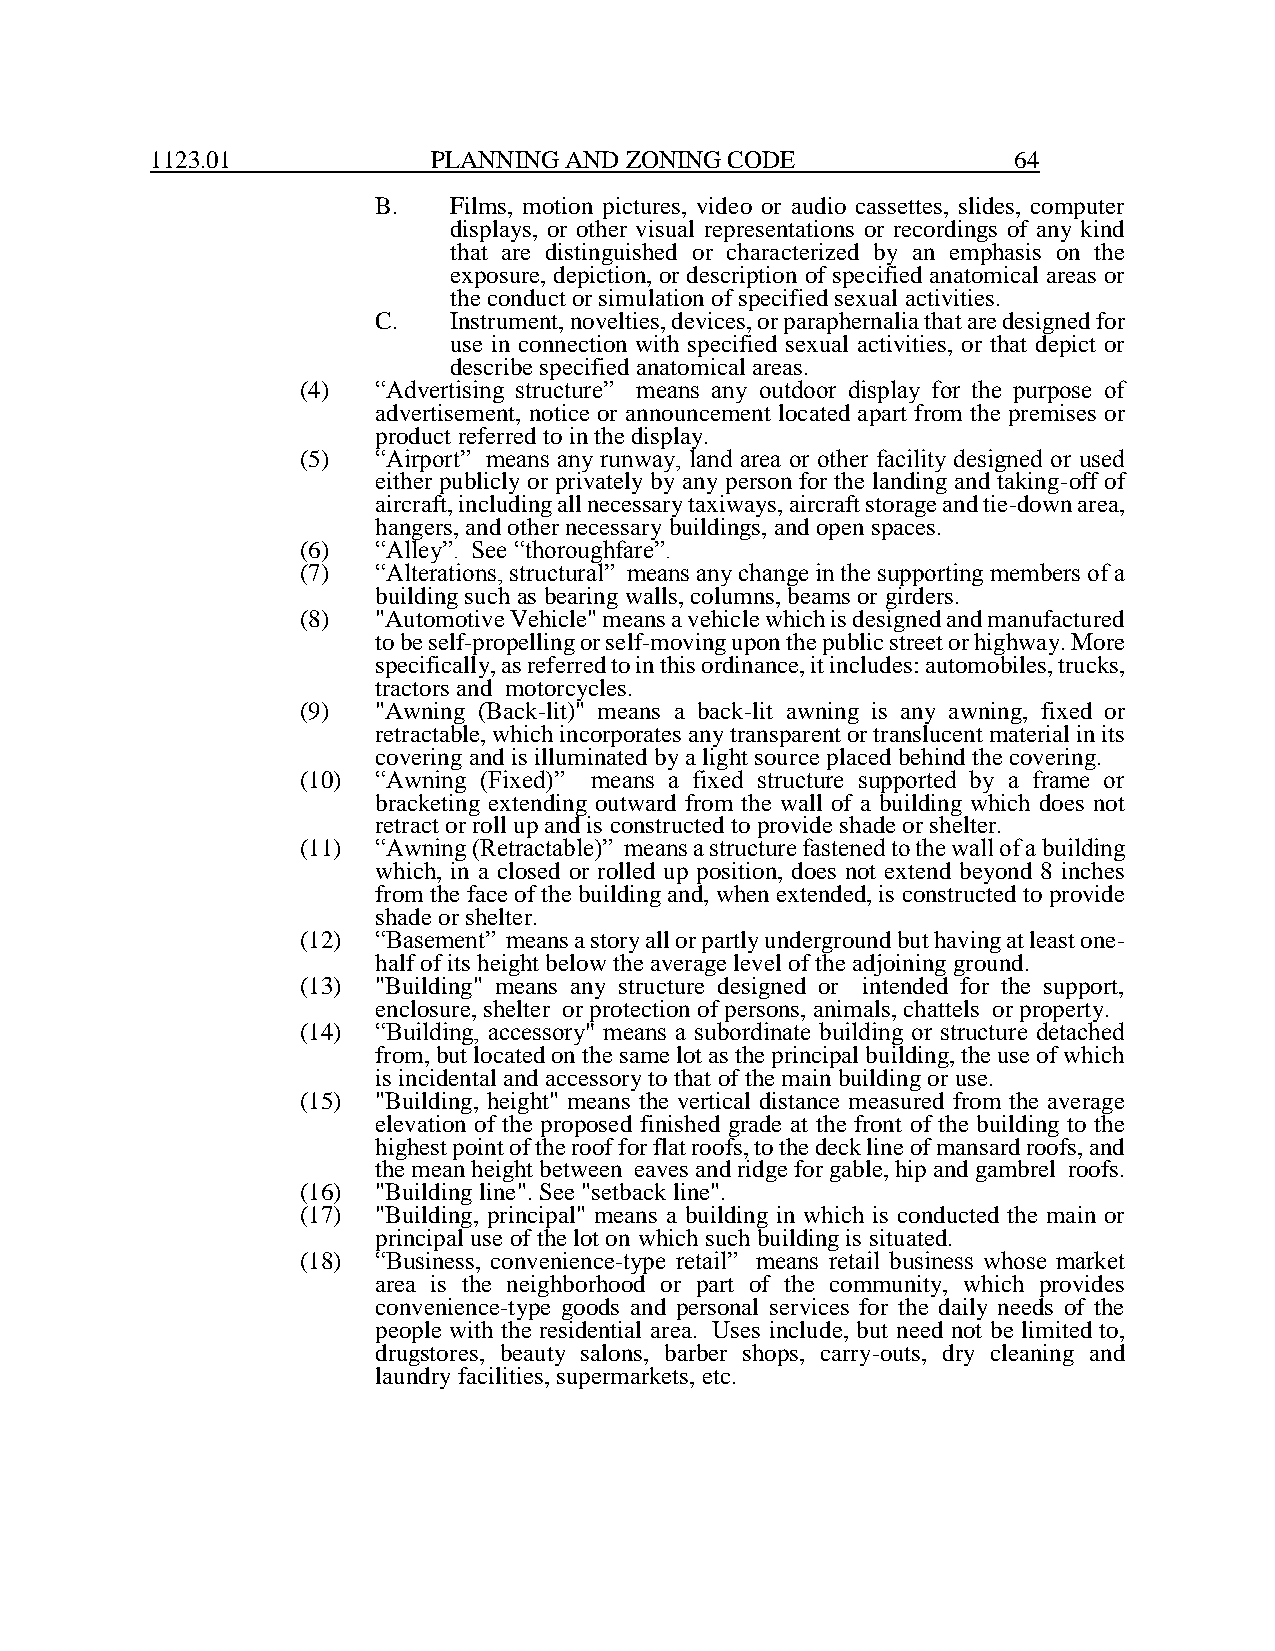
1123.01            PLANNING AND ZONING CODE              64
 B.   Films, motion pictures, video or audio cassettes, slides, computer
 displays, or other visual representations or recordings of any kind
 that are distinguished or characterized by an emphasis on the
 exposure, depiction, or description of specified anatomical areas or
 the conduct or simulation of specified sexual activities.
 C.   Instrument, novelties, devices, or paraphernalia that are designed for
 use in connection with specified sexual activities, or that depict or
 describe specified anatomical areas.
 (4)  “Advertising structure” means any outdoor display for the purpose of
 advertisement, notice or announcement located apart from the premises or
 product referred to in the display.
 (5)  “Airport” means any runway, land area or other facility designed or used
 either publicly or privately by any person for the landing and taking-off of
 aircraft, including all necessary taxiways, aircraft storage and tie-down area,
 hangers, and other necessary buildings, and open spaces.
 (6)  “Alley”. See “thoroughfare”.
 (7)  “Alterations, structural” means any change in the supporting members of a
 building such as bearing walls, columns, beams or girders.
 (8)  "Automotive Vehicle" means a vehicle which is designed and manufactured
 to be self-propelling or self-moving upon the public street or highway. More
 specifically, as referred to in this ordinance, it includes: automobiles, trucks,
 tractors and motorcycles.
 (9)  "Awning (Back-lit)" means a back-lit awning is any awning, fixed or
 retractable, which incorporates any transparent or translucent material in its
 covering and is illuminated by a light source placed behind the covering.
 (10) “Awning (Fixed)” means a fixed structure supported by a frame or
 bracketing extending outward from the wall of a building which does not
 retract or roll up and is constructed to provide shade or shelter.
 (11) “Awning (Retractable)” means a structure fastened to the wall of a building
 which, in a closed or rolled up position, does not extend beyond 8 inches
 from the face of the building and, when extended, is constructed to provide
 shade or shelter.
 (12) “Basement” means a story all or partly underground but having at least one-
 half of its height below the average level of the adjoining ground.
 (13) "Building" means any structure designed or intended for the support,
 enclosure, shelter or protection of persons, animals, chattels or property.
 (14) “Building, accessory" means a subordinate building or structure detached
 from, but located on the same lot as the principal building, the use of which
 is incidental and accessory to that of the main building or use.
 (15) "Building, height" means the vertical distance measured from the average
 elevation of the proposed finished grade at the front of the building to the
 highest point of the roof for flat roofs, to the deck line of mansard roofs, and
 the mean height between eaves and ridge for gable, hip and gambrel roofs.
 (16) "Building line". See "setback line".
 (17) "Building, principal" means a building in which is conducted the main or
 principal use of the lot on which such building is situated.
 (18) “Business, convenience-type retail” means retail business whose market
 area is the neighborhood or part of the community, which provides
 convenience-type goods and personal services for the daily needs of the
 people with the residential area. Uses include, but need not be limited to,
 drugstores, beauty salons, barber shops, carry-outs, dry cleaning and
 laundry facilities, supermarkets, etc.